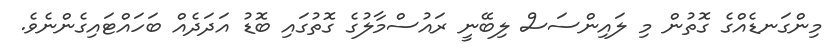
މިންގަނޑެއްގެ ގޮތުން މި ލައިންސަސް ލިބޭނީ ރައުސްމާލުގެ ގޮތުގައި ބޮޑު އަދަދެއް ބަހައްޓައިގެންނެވެ.